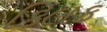
કિલક